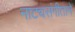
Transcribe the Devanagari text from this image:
नाट्यसंगीताने